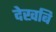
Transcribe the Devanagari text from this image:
देखबि